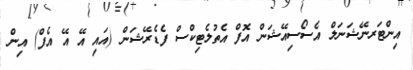
އިންޓަރނޭޝަނަލް އެސޯސިއޭޝަން އޮފް އެތުލެޓިކްސް ފެޑެރޭޝަން (އައި އޭ އޭ އެފް) އިން